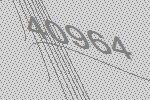
40964